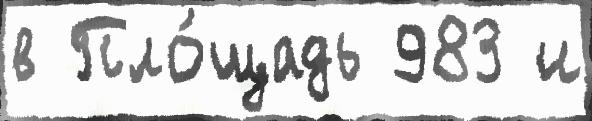
в Пло́щадь 983 и